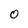
Character: 0